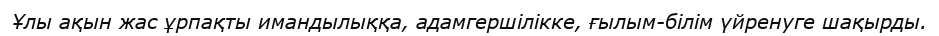
Ұлы ақын жас ұрпақты имандылыққа, адамгершілікке, ғылым-білім үйренуге шақырды.